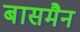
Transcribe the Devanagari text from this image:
बासमैन